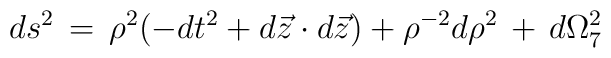
ds^2\, = \,\rho^2 (-dt^2+d\vec{z}\cdot d\vec{z})+\rho^{-2}d\rho^2 \,+ \,d\Omega_{7}^2